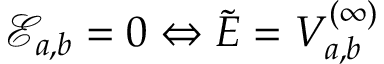
\mathcal { E } _ { a , b } = 0 \Leftrightarrow \tilde { E } = V _ { a , b } ^ { ( \infty ) }